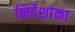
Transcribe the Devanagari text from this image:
निर्देशांका